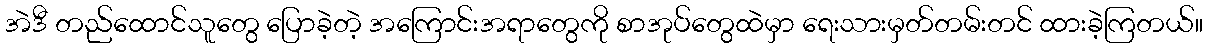
အဲဒီ တည်ထောင်သူတွေ ပြောခဲ့တဲ့ အကြောင်းအရာတွေကို စာအုပ်တွေထဲမှာ ရေးသားမှတ်တမ်းတင် ထားခဲ့ကြတယ်။